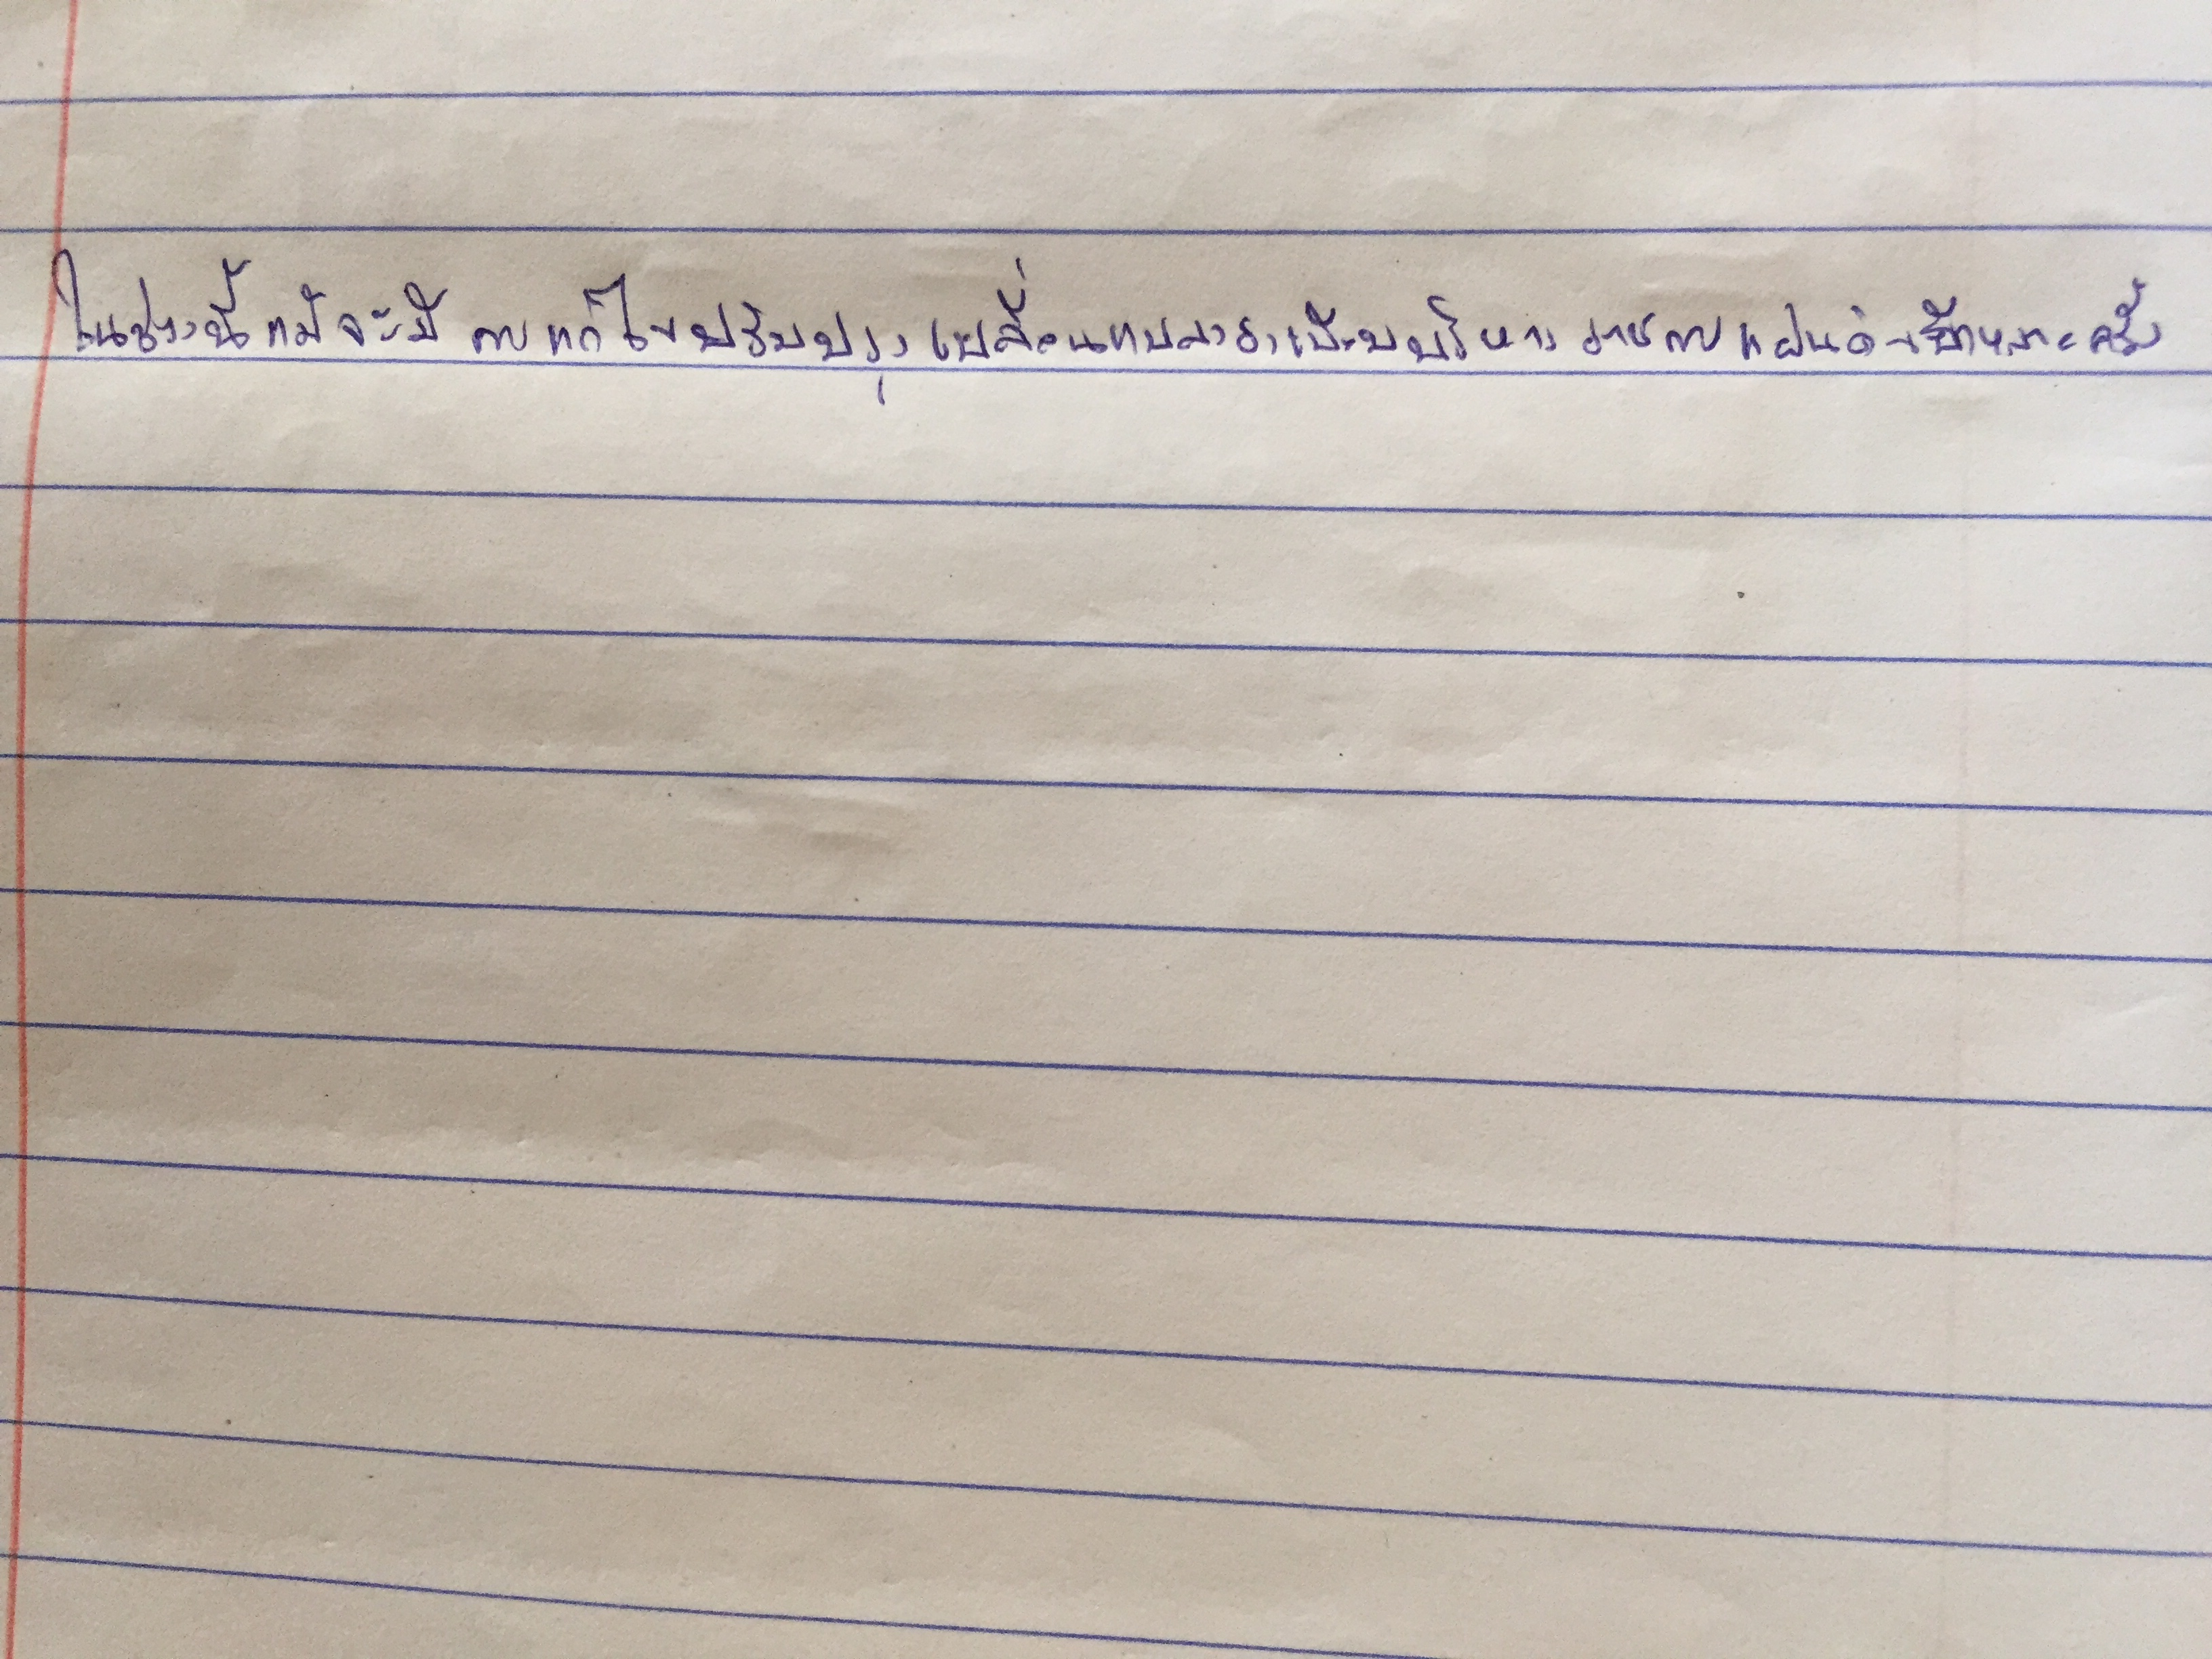
ในช่วงนี้แม้จะมีการแก้ไขปรับปรุงเปลี่ยนแปลงระเบียบบริหารราชการแผ่นดินอีกหลายครั้ง